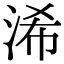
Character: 浠